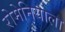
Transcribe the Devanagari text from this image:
रोमेनियाला